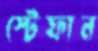
স্টেফান